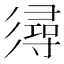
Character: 𢒫